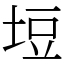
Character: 𭎞